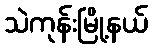
သဲကုန်းမြို့နယ်